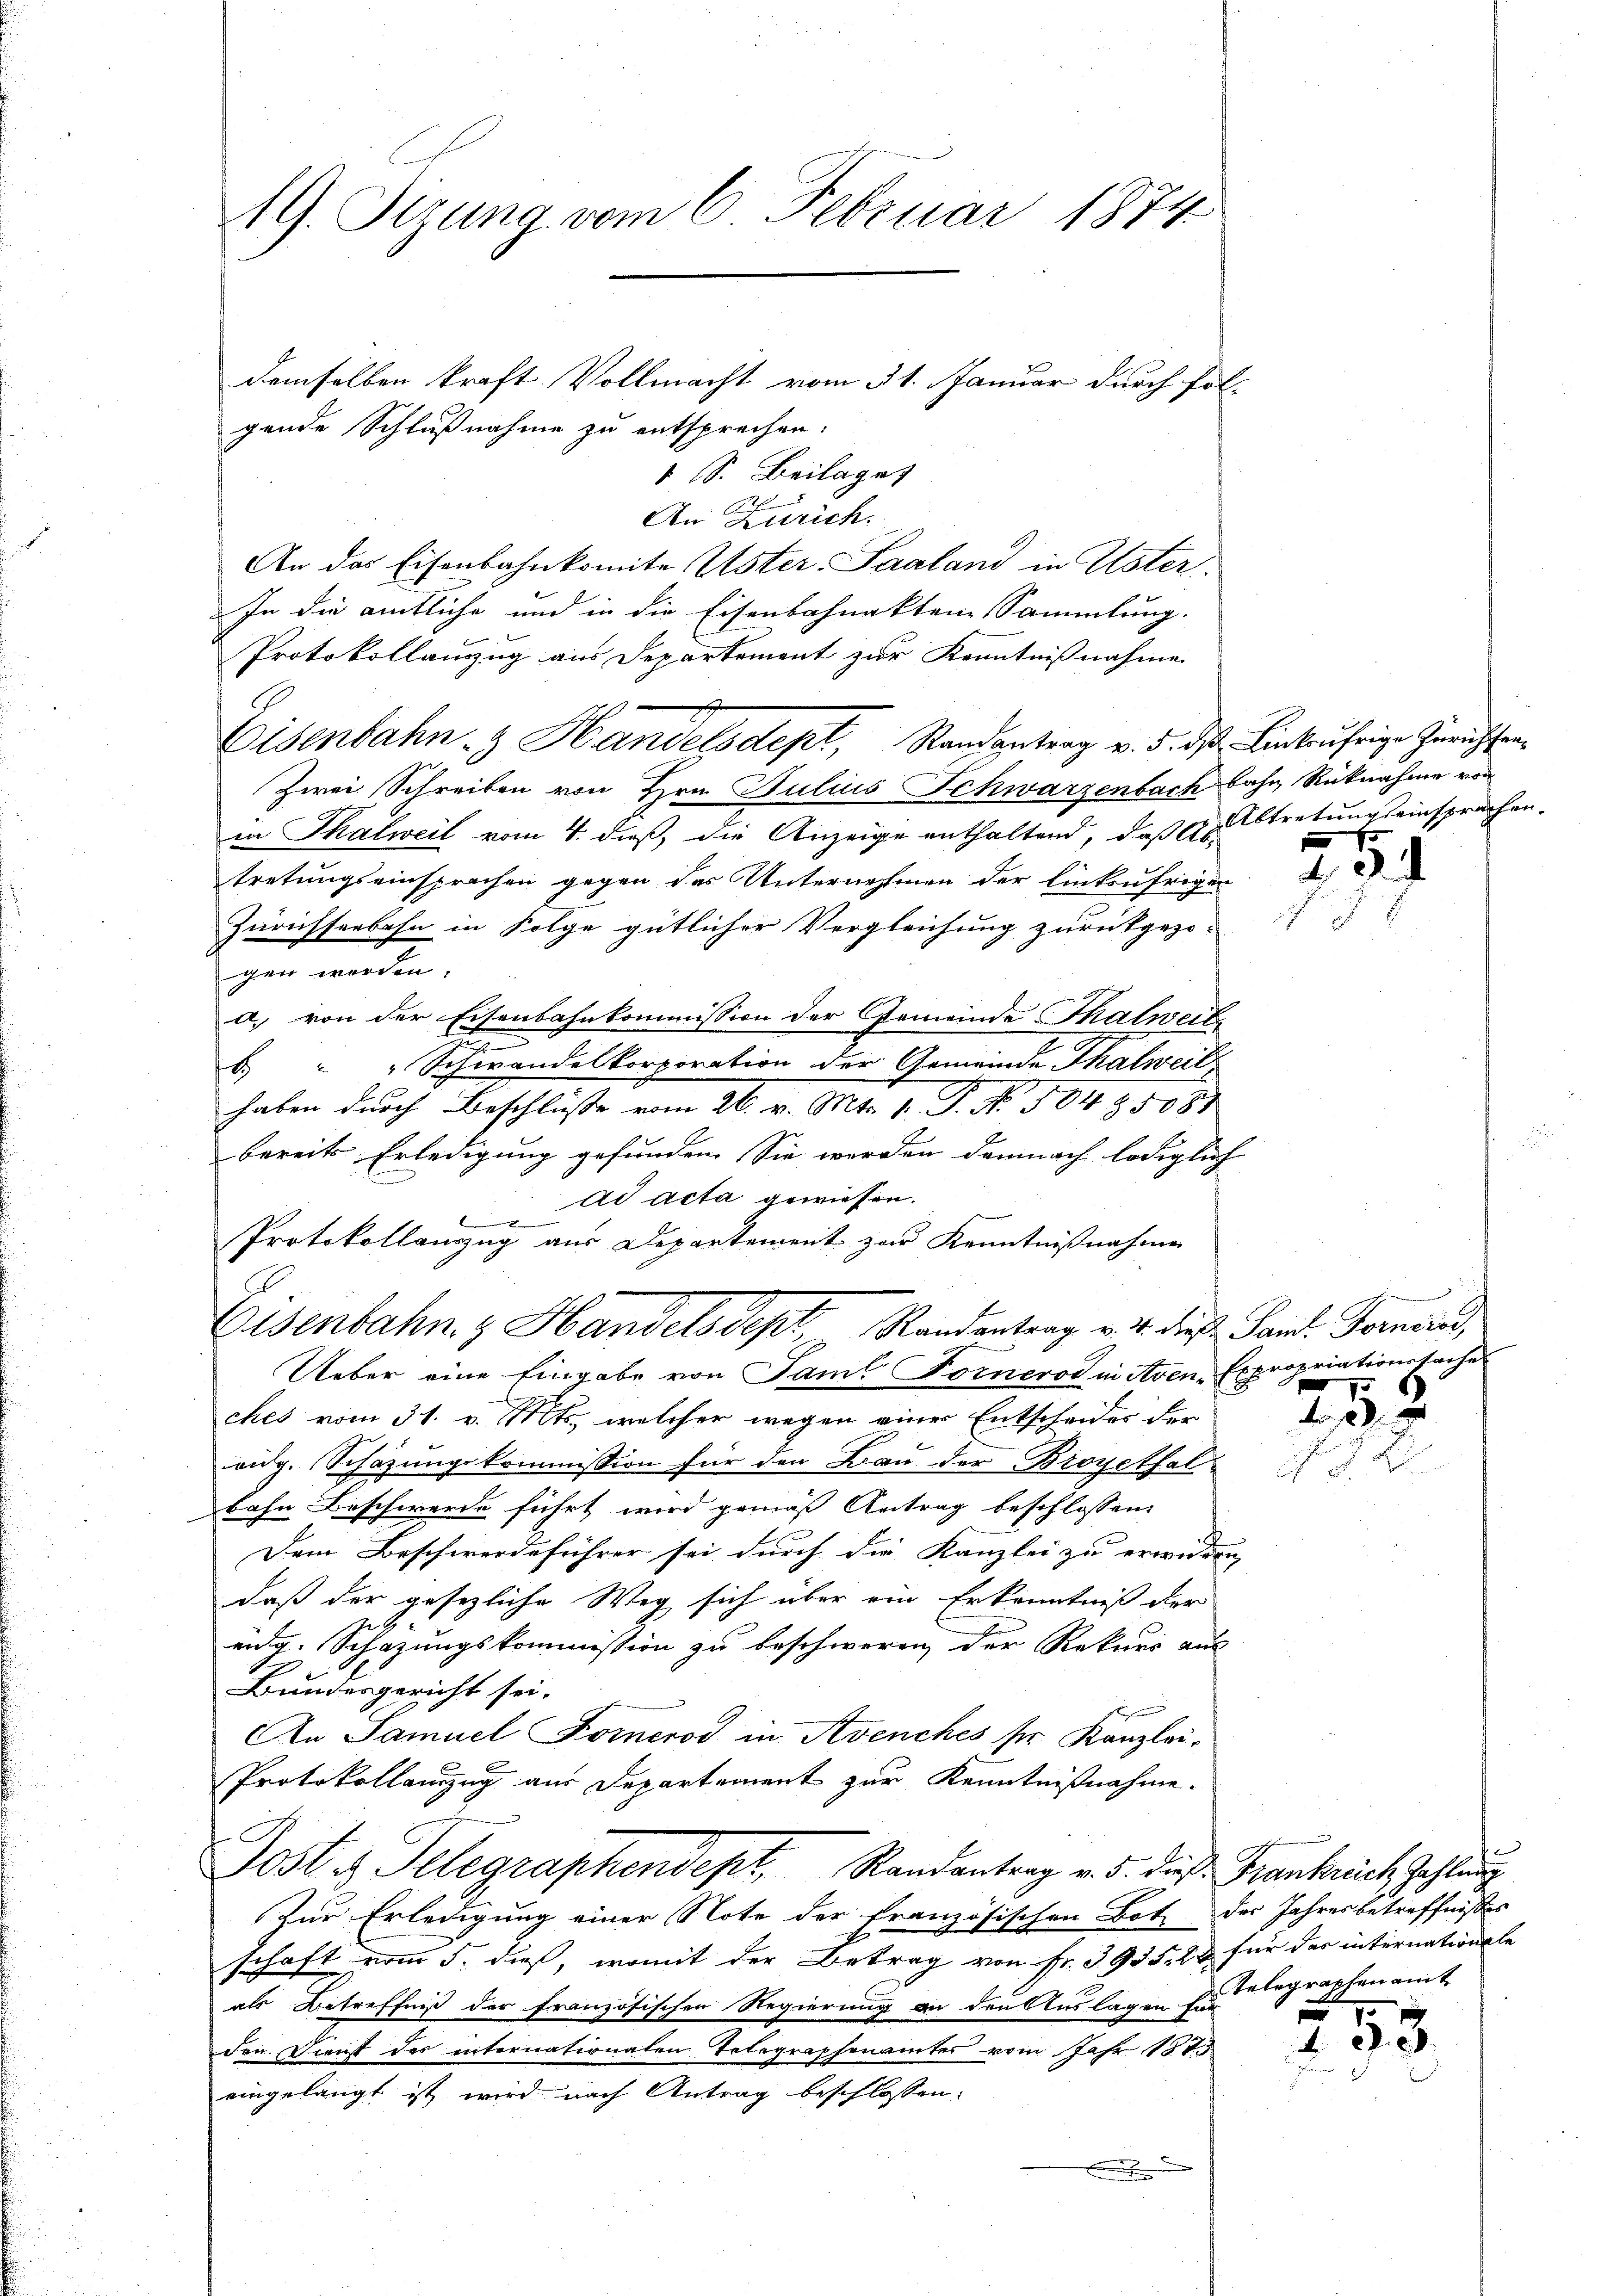
demselben kraft Vollmacht vom 31. Januar durch fol-
gende Schlußnahme zu entsprechen.
1 S. Beilaget
An Zürich.
An das Eisenbahnkomite Uster Saaland in Uster.
In die amtliche und in die Eisenbahnakten Sammlung.
Protokollauszug aus Departement zur Kenntnißnahme
Eisenbahn. Handelsdept, Randantrag v. 5. ds. Einbrührige Zürichter¬
Zwei Schreiben von Hrn. Julius Schwarzenbach bahn, Rücknahme von
in Thalweil vom 4. dieß, die Anzeige enthaltend, daß Er tretungseinsprachen.
tretungseinsprachen gegen das Unternehmen der linkufrigen
Zürichseebahn in Folge gütlicher Vergleichung zurückgezo-
gen werden.
a) von der Eisenbahnkommission der Gemeinde Thalweite
i
 " " Schwandelkorporation der Gemeinde Thalweil
haben durch Beschlüsse vom 26. v. Mts. II. P. No. 504 § 5081
bereits Erledigung gefunden. Sie werden demnach lediglich
ad acta gewiesen.
8
Protokollanzug aus Departement zur Kenntnißnahme
Eisenbahn & Handels Sept. Randantrag v. 4. diese Sand. Fernere,
Ueber eine Eingabe von Samt Fornerod in Aven-Expropriationssache
ches vom 31. v. Mts., welcher wegen einer Entscheides der
aig. Schazungskommission für den Bau der Broyethal
bahn Beschwerde führt wird gemäß Antrag beschlossene
Dem Beschwerdeführer sei durch die Kanzlei zu erwieden,
daß der gesezliche Weg sich über ein Erkenntniß der
2
eidg. Schazungskommission zu beschweren der Rekurs aus
Bundesgericht sei.
An Samuel Forneros in Avenches ser Kanzlei¬
Protokollanzug aus Departement zur Kenntnißnahme.
Jost es Telegraphendept, Randantrag v. 5. dieß Frankreich Zahlung
Zur Erledigung einer Note der französischen Bot. des Jahresbetreffnisses
schaft vom 5. dieß, womit der Betrag von Fr. 3935. 28 für das internationsle
als Betreffniß der französischen Regierung an den Auslagen begraphen amt
den Dienst des internationaten Telegraphenamtes vom Jahr 1815
eingelangt ist wird nach Antrag beschlossen:
.

19. Sizung vom 6. Februar 1874

e

3.
7

1

dr.
 d. 2

5
f
293.